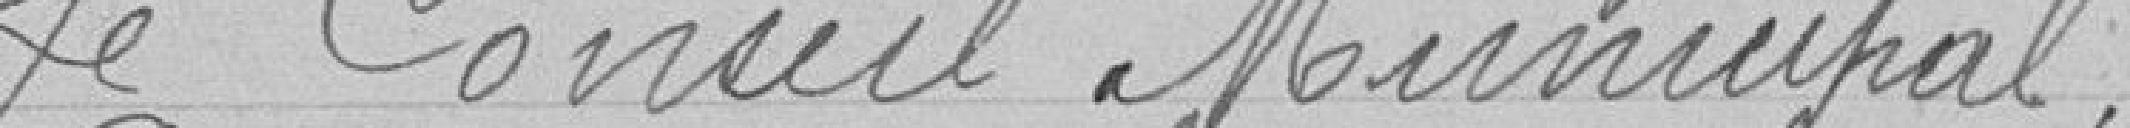
Le Conseil Municipal,